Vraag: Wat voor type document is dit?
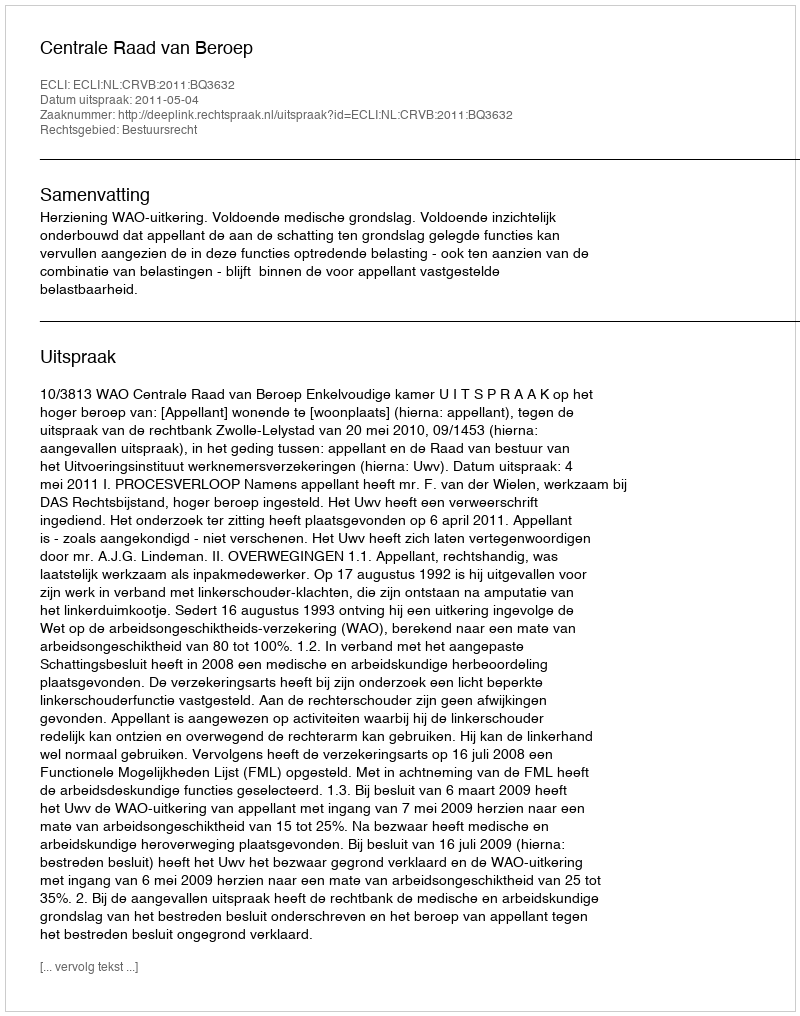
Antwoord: Uitspraak